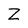
Character: Z